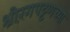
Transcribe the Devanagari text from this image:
श्रीरंगपट्टणच्या